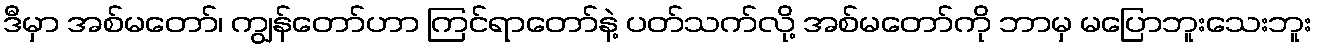
ဒီမှာ အစ်မတော်၊ ကျွန်တော်ဟာ ကြင်ရာတော်နဲ့ ပတ်သက်လို့ အစ်မတော်ကို ဘာမှ မပြောဘူးသေးဘူး